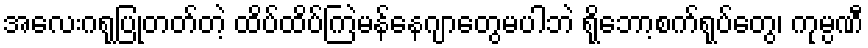
အလေးဂရုပြုတတ်တဲ့ ထိပ်ထိပ်ကြဲမန်နေဂျာတွေမပါဘဲ ရိုဘော့စက်ရုပ်တွေ၊ ကုမ္ပဏီ